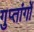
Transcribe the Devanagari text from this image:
गुप्‍तांगों